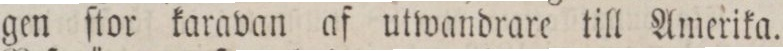
gen ſtor karavan af utwandrare till Amerika.